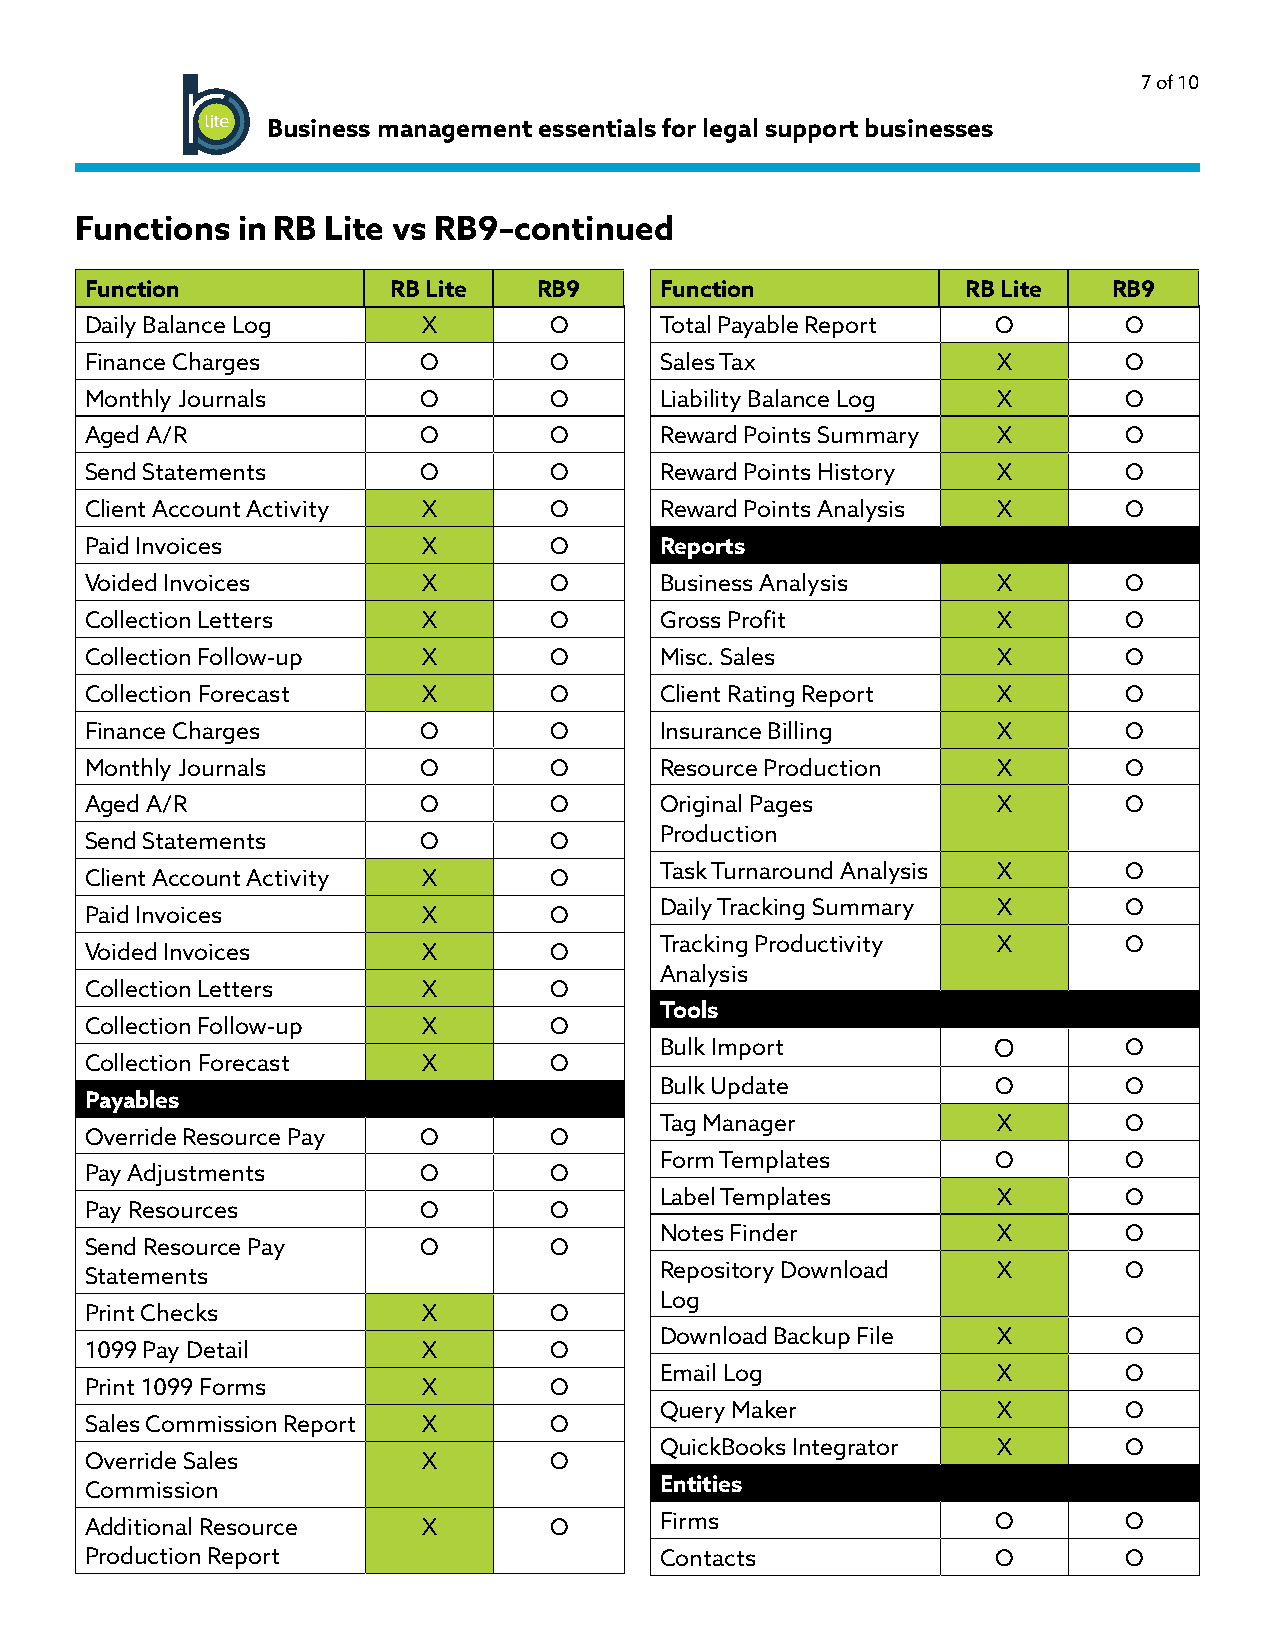
7 of 10
 Business management essentials for legal support businesses
 Functions  in RB Lite vs RB9–continued
 Function            RB Lite   RB9     Function            RB Lite   RB9
 Daily Balance Log     X       O       Total Payable Report  O       O
 Finance Charges       O       O       Sales Tax             X       O
 Monthly Journals      O       O       Liability Balance Log X       O
 Aged A/R              O       O       Reward Points Summary X       O
 Send Statements       O       O       Reward Points History X       O
 Client Account Activity X     O       Reward Points Analysis X      O
 Paid Invoices         X       O       Reports
 Voided Invoices       X       O       Business Analysis     X       O
 Collection Letters    X       O       Gross Profit          X       O
 Collection Follow-up  X       O       Misc. Sales           X       O
 Collection Forecast   X       O       Client Rating Report  X       O
 Finance Charges       O       O       Insurance Billing     X       O
 Monthly Journals      O       O       Resource Production   X       O
 Aged A/R              O       O       Original Pages        X       O
 Production
 Send Statements       O       O
 Task Turnaround Analysis X    O
 Client Account Activity X     O
 Daily Tracking Summary X      O
 Paid Invoices         X       O
 Tracking Productivity X       O
 Voided Invoices       X       O
 Analysis
 Collection Letters    X       O
 Tools
 Collection Follow-up  X       O
 Bulk Import           O       O
 Collection Forecast   X       O
 Bulk Update           O       O
 Payables
 Tag Manager           X       O
 Override Resource Pay O       O
 Form Templates        O       O
 Pay Adjustments       O       O
 Label Templates       X       O
 Pay Resources         O       O
 Notes Finder          X       O
 Send Resource Pay     O       O
 Statements                            Repository Download   X       O
 Log
 Print Checks          X       O
 Download Backup File  X       O
 1099 Pay Detail       X       O
 Email Log             X       O
 Print 1099 Forms      X       O
 Query Maker           X       O
 Sales Commission Report X     O
 QuickBooks Integrator X       O
 Override Sales        X       O
 Commission                            Entities
 Additional Resource   X       O       Firms                 O       O
 Production Report                     Contacts              O       O